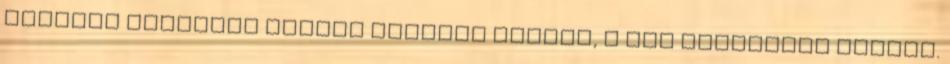
házának együttes ülésén Valeriu Steriu, a PMP ügyvezető elnöke.